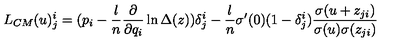
L _ { C M } ( u ) _ { j } ^ { i } = ( p _ { i } - \frac { l } { n } \frac { \partial } { \partial q _ { i } } \ln \Delta ( z ) ) \delta _ { j } ^ { i } - \frac { l } { n } \sigma ^ { \prime } ( 0 ) ( 1 - \delta _ { j } ^ { i } ) \frac { \sigma ( u + z _ { j i } ) } { \sigma ( u ) \sigma ( z _ { j i } ) }